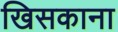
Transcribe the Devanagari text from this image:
खिसकाना